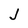
Character: J